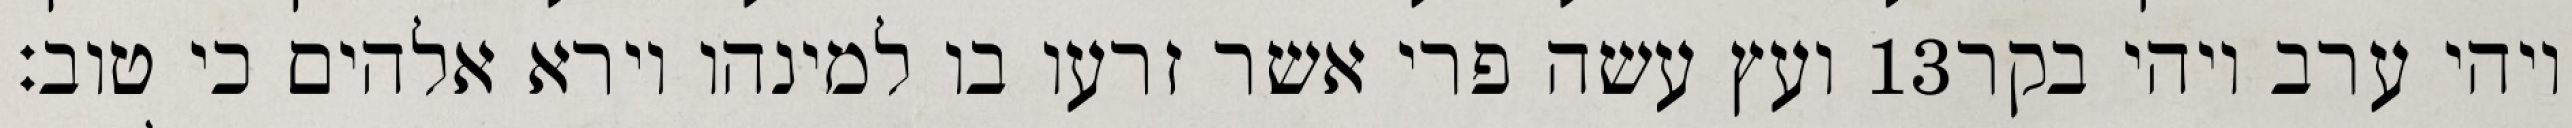
ועץ עשה פרי אשר זרעו בו למינהו וירא אלהים כי טוב׃ ‎13‏ ויהי ערב ויהי בקר